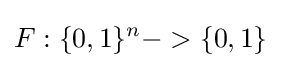
F:\{0,1\}^{n}->\{0,1\}